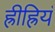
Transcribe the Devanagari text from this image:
ह्रीह्रियं